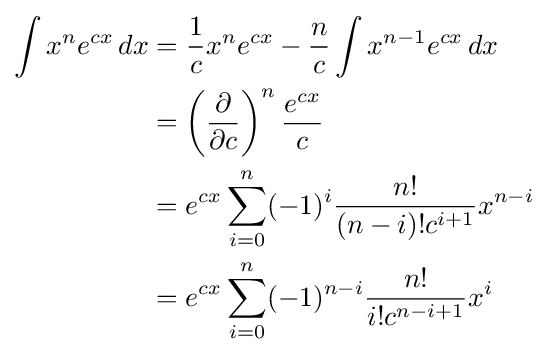
{\begin{aligned}\int x^{n}e^{cx}\,dx&={\frac {1}{c}}x^{n}e^{cx}-{\frac {n}{c}}\int x^{n-1}e^{cx}\,dx\\&=\left({\frac {\partial }{\partial c}}\right)^{n}{\frac {e^{cx}}{c}}\\&=e^{cx}\sum _{i=0}^{n}(-1)^{i}{\frac {n!}{(n-i)!c^{i+1}}}x^{n-i}\\&=e^{cx}\sum _{i=0}^{n}(-1)^{n-i}{\frac {n!}{i!c^{n-i+1}}}x^{i}\end{aligned}}